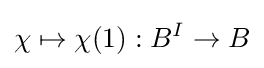
\chi \mapsto \chi (1):B^{I}\to B